Annual report on the working of the mental hospitals in the Madras Presidency - 1912-1932
Year: 1912
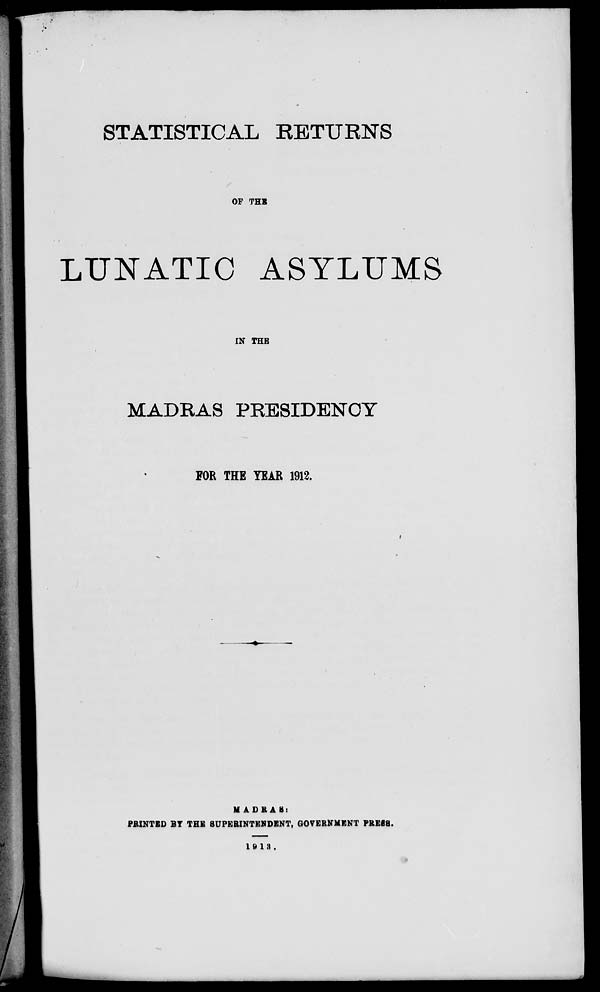
STATISTICAL RETURNS
OF THE
LUNATIC ASYLUMS
IN THE
MADRAS PRESIDENCY
FOR THE YEAR 1912.
MADRAS:
PRINTED BT THE SUPERINTENDENT, GOVERNMENT PREBS.
19 13.